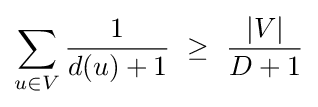
\sum _{u\in V}{\frac {1}{d(u)+1}}~\geq ~{\frac {|V|}{D+1}}